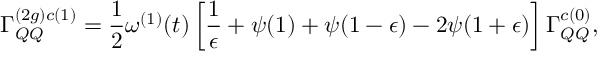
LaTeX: \Gamma _ { Q Q } ^ { ( 2 g ) c ( 1 ) } = \frac { 1 } { 2 } \omega ^ { ( 1 ) } ( t ) \left[ \frac { 1 } { \epsilon } + \psi ( 1 ) + \psi ( 1 - \epsilon ) - 2 \psi ( 1 + \epsilon ) \right] \Gamma _ { Q Q } ^ { c ( 0 ) } ,